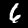
Digit: 6